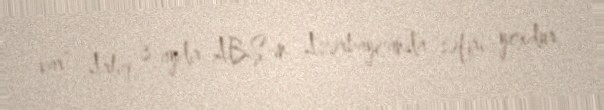
var” Artıq 3 aydır ABŞ-ın Azərbaycanda səfiri yoxdur.